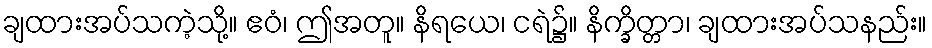
ချထားအပ်သကဲ့သို့။ ဧဝံ၊ ဤအတူ။ နိရယေ၊ ငရဲ၌။ နိက္ခိတ္တာ၊ ချထားအပ်သနည်း။